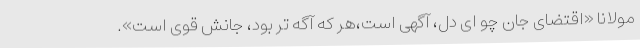
مولانا «اقتضای جان چو ای دل، آگهی است،هر که آگه تر بود، جانش قوی است».